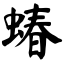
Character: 蝽